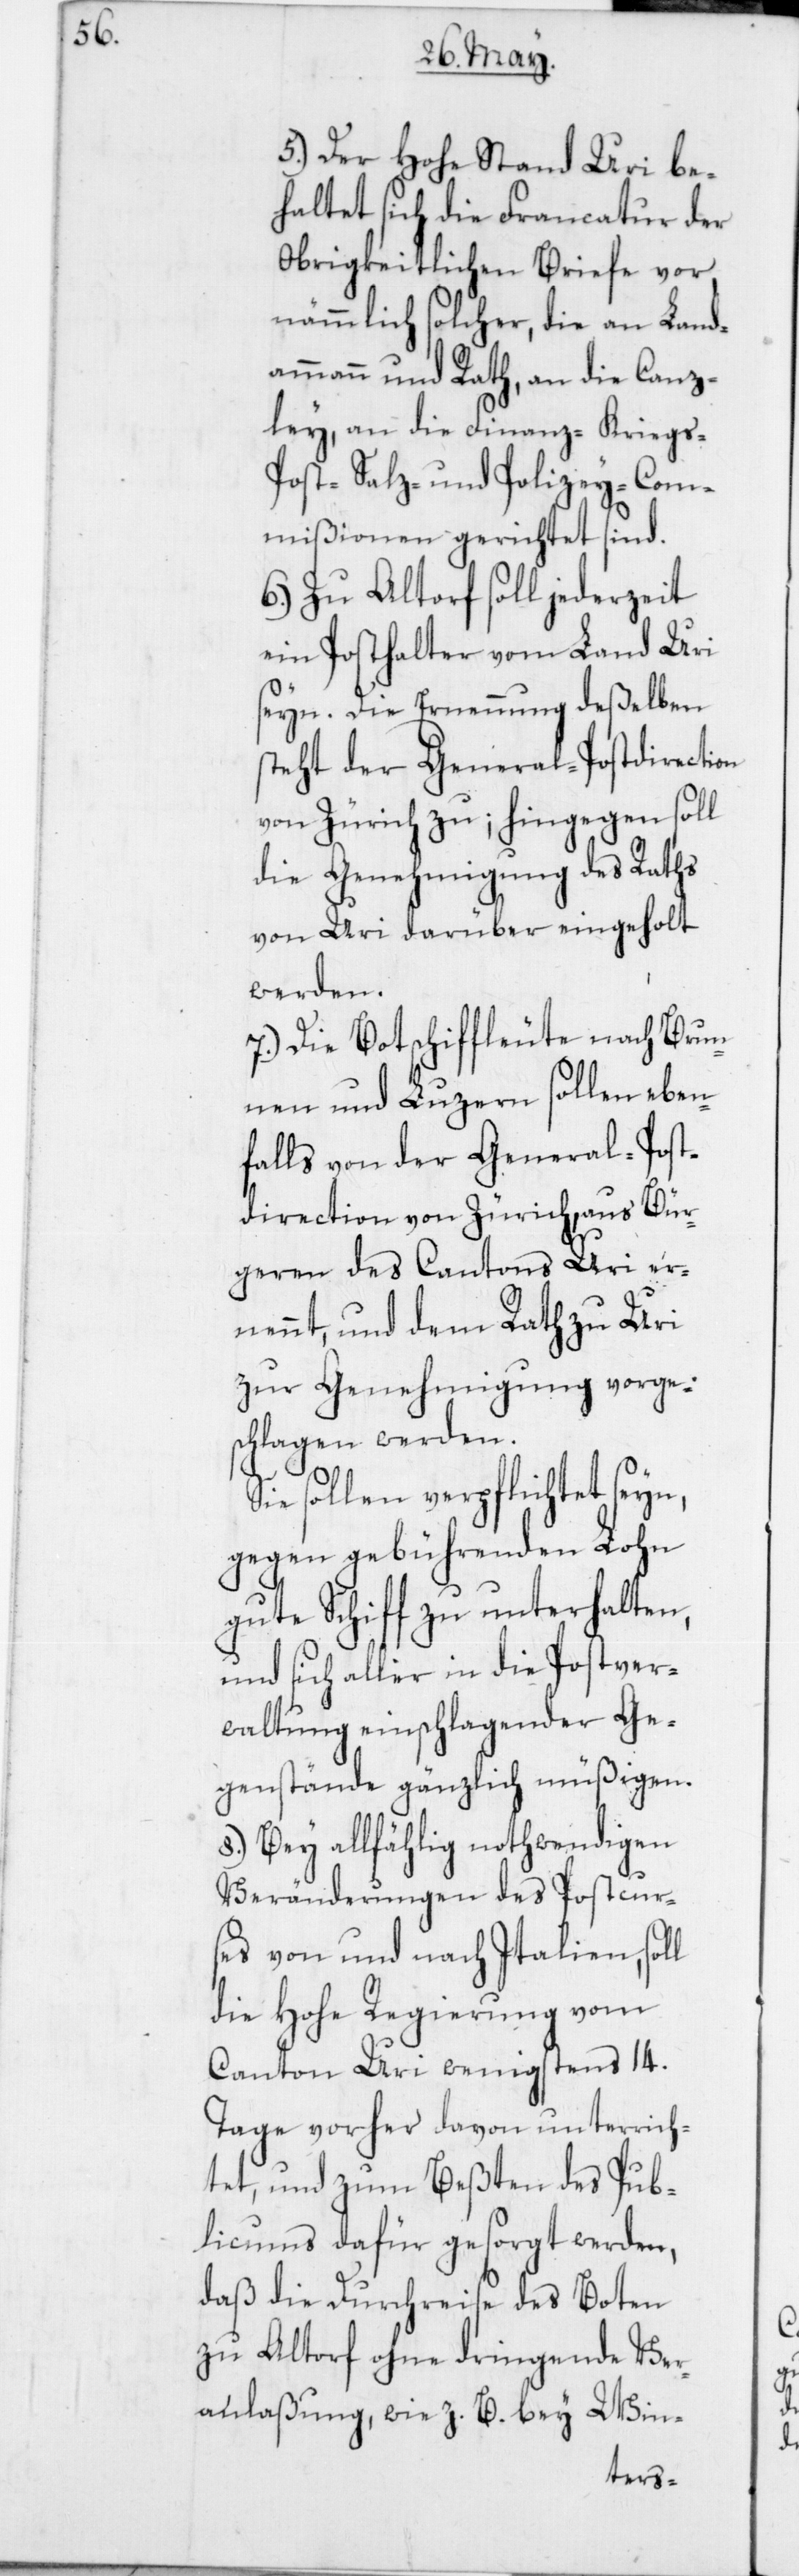
5. Der Hohe Stand Uri be¬
haltet sich die Francatur der
Obrigkeitlichen Briefe vor,
nämmlich solcher, die an Land¬
ammann und Rath, an die Canz¬
ley, an die Finanz-, Kriegs-,
Post-, Salz- und Polizey-Com¬
mißionen gerichtet sind.
6. Zu Altorf soll jederzeit
ein Posthalter vom Land Uri
seyn. Die Ernennung deßelben
steht der General-Postdirection
von Zürich zu; hingegen soll
die Genehmigung des Raths
von Uri darüber eingeholt
werden.
7. Die Botschiffleute nach Brun¬
nen und Luzern sollen eben¬
falls von der General-Post¬
direction von Zürich, aus Bür¬
geren des Cantons Uri er¬
nennt, und dem Rath zu Uri
zur Genehmigung vorge¬
schlagen werden.
Sie sollen verpflichtet seyn,
gegen gebührenden Lohn
gute Schiff zu unterhalten,
und sich allhier in die Postver¬
waltung einschlagender Ge¬
genstände gänzlich müßigen.
8. Bey allfählig nothwendigen
Veränderungen des Postcur¬
ses von und nach Italien, soll
die Hohe Regierung vom
Canton Uri wenigstens 14
Tage vorher davon unterrich¬
tet, und zum Beßten des Pub¬
licums dafür gesorgt werden,
daß die Durchreise des Boten
zu Altorf ohne dringende Ver¬
anlaßung, wie z. B. bey Win-